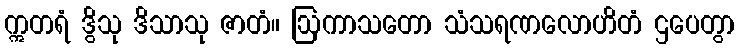
ဣတရံ ဒွိသု ဒိသာသု ဇာတံ။ ဩကာသတော သံသရဏလောဟိတံ ဌပေတွာ